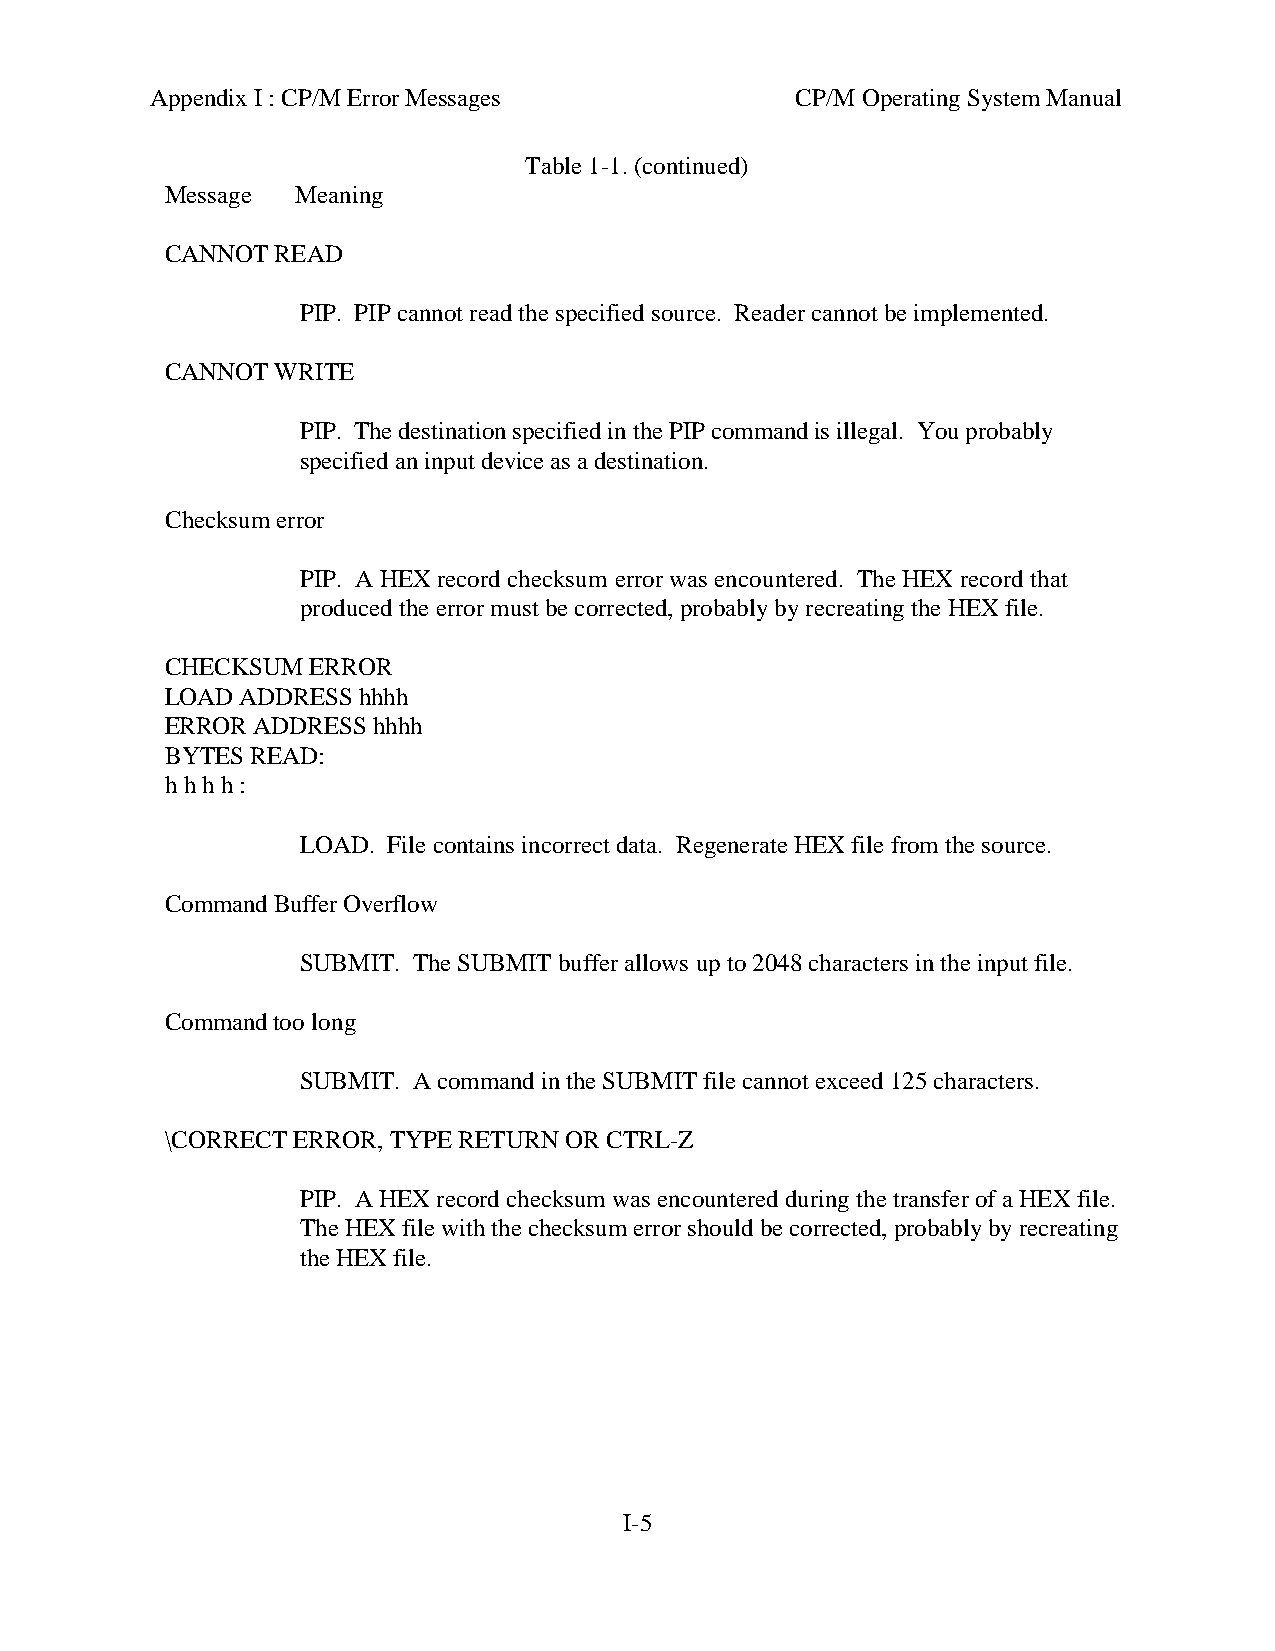
Appendix I : CP/M Error Messages           CP/M Operating System Manual
 Table 1-1. (continued)
 Message  Meaning
 CANNOT READ
 PIP. PIP cannot read the specified source. Reader cannot be implemented.
 CANNOT WRITE
 PIP. The destination specified in the PIP command is illegal. You probably
 specified an input device as a destination.
 Checksum error
 PIP. A HEX record checksum error was encountered. The HEX record that
 produced the error must be corrected, probably by recreating the HEX file.
 CHECKSUM ERROR
 LOAD ADDRESS hhhh
 ERROR ADDRESS hhhh
 BYTES READ:
 h h h h :
 LOAD. File contains incorrect data. Regenerate HEX file from the source.
 Command Buffer Overflow
 SUBMIT. The SUBMIT buffer allows up to 2048 characters in the input file.
 Command too long
 SUBMIT. A command in the SUBMIT file cannot exceed 125 characters.
 \CORRECT ERROR, TYPE RETURN OR CTRL-Z
 PIP. A HEX record checksum was encountered during the transfer of a HEX file.
 The HEX file with the checksum error should be corrected, probably by recreating
 the HEX file.
 I-5